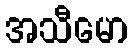
အသီမော